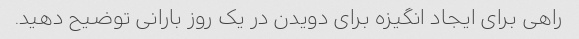
راهی برای ایجاد انگیزه برای دویدن در یک روز بارانی توضیح دهید.